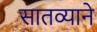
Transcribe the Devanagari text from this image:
सातव्याने